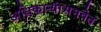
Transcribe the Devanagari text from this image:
अधिकार्‍यांसमवेत